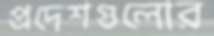
প্রদেশগুলোর